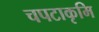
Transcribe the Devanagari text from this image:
चपटाकृमि